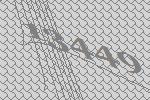
13449